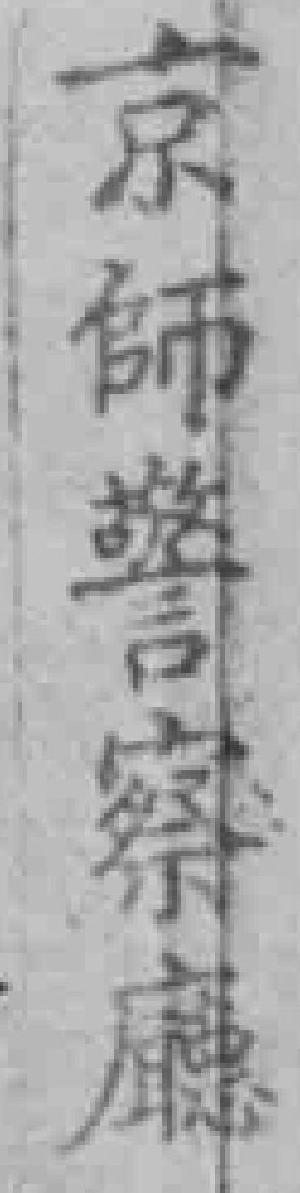
京師警察廳